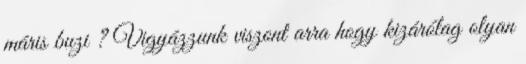
máris buzi ? Vigyázzunk viszont arra hogy kizárólag olyan